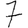
Digit: 7